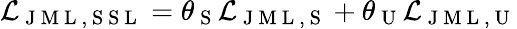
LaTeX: \mathcal{L}_{\mathrm{~J~M~L~,~S~S~L~}}=\theta_{\mathrm{~S~}}\mathcal{L}_{\mathrm{~J~M~L~,~S~}}+\theta_{\mathrm{~U~}}\mathcal{L}_{\mathrm{~J~M~L~,~U~}}